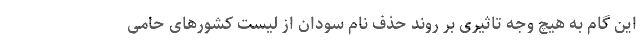
این گام به هیچ وجه تاثیری بر روند حذف نام سودان از لیست کشورهای حامی